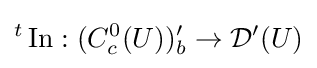
{}^{t}\operatorname {In} :(C_{c}^{0}(U))'_{b}\to {\mathcal {D}}'(U)